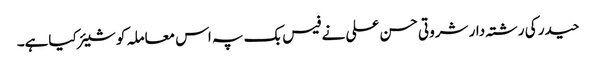
حیدر کی رشتہ دار شروتی حسن علی نے فیس بک پہ اس معاملہ کو شیئر کیاہے۔